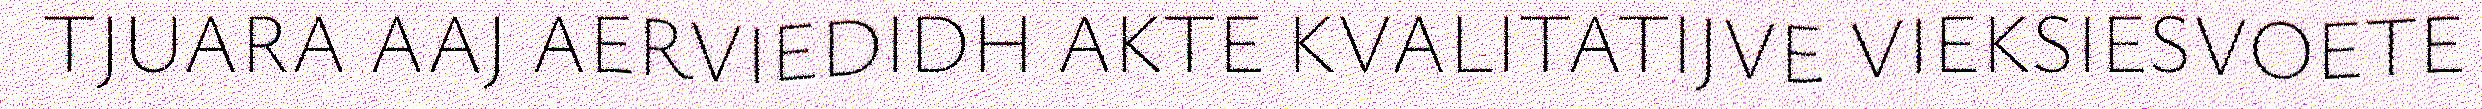
TJUARA AAJ AERVIEDIDH AKTE KVALITATIJVE VIEKSIESVOETE